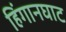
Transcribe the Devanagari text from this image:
हिंगानघाट